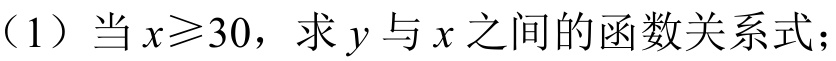
（1）当\(x\geqslant30\)，求\(y\)与\(x\)之间的函数关系式；